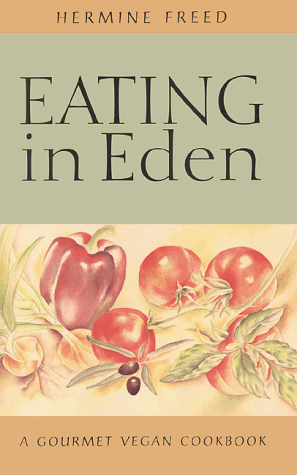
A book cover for Eating in Eden: A Gourmet Vegan Cookbook; Hermine Freed; Health, Fitness & Dieting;